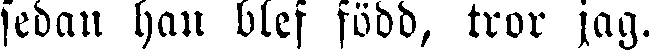
sedan han blef född, tror jag.